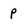
Character: P